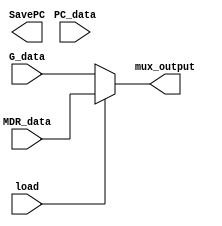
module WBMux(input [15:0] MDR_data,
			 input [15:0] G_data,
			 input [7:0] PC_data,
			 input load,
			 output SavePC,
			 output reg [15:0] mux_output);

always @ ( * )
begin
    if ( load )
        mux_output <= MDR_data;
    else
        mux_output <= G_data;
end

endmodule